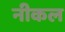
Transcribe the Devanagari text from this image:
नीकल